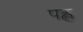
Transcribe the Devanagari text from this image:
पह्ल